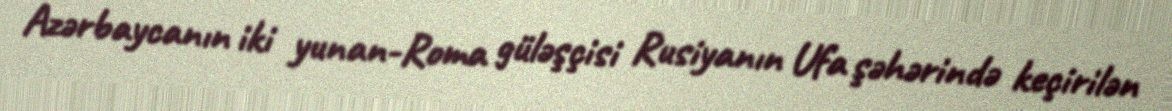
Azərbaycanın iki yunan-Roma güləşçisi Rusiyanın Ufa şəhərində keçirilən